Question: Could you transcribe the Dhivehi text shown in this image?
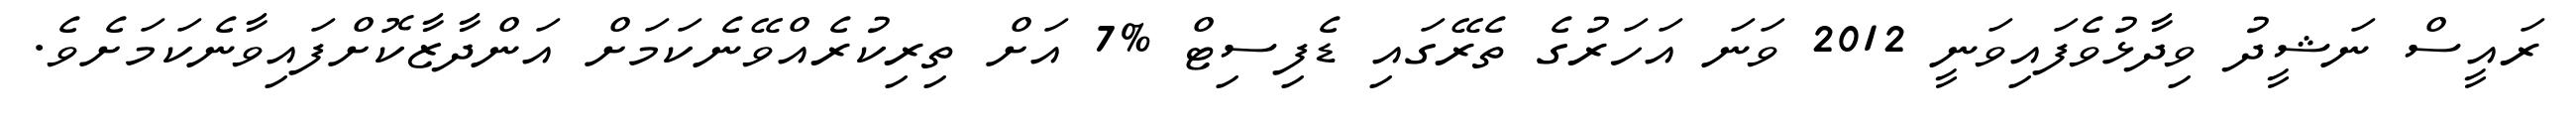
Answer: ރައީސް ނަޝީދު ވިދާޅުވެފައިވަނީ 2012 ވަނަ އަހަރުގެ ތެރޭގައި ޑެފިސިޓް %7 އަށް ތިރިކުރެއްވޭނެކަމަށް އަންދާޒާކޮށްފައިވާނެކަމަށެވެ.